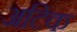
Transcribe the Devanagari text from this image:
अटिक